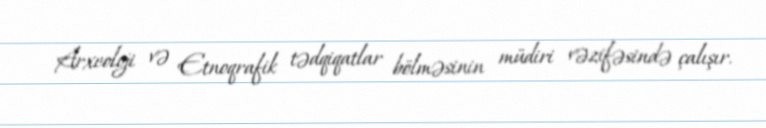
Arxeoloji və Etnoqrafik tədqiqatlar bölməsinin müdiri vəzifəsində çalışır.